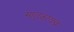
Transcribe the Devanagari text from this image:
मातृकायन्त्र